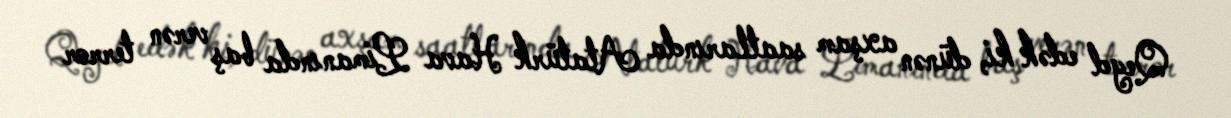
Qeyd edək ki, dünən axşam saatlarında Atatürk Hava Limanında baş verən terror